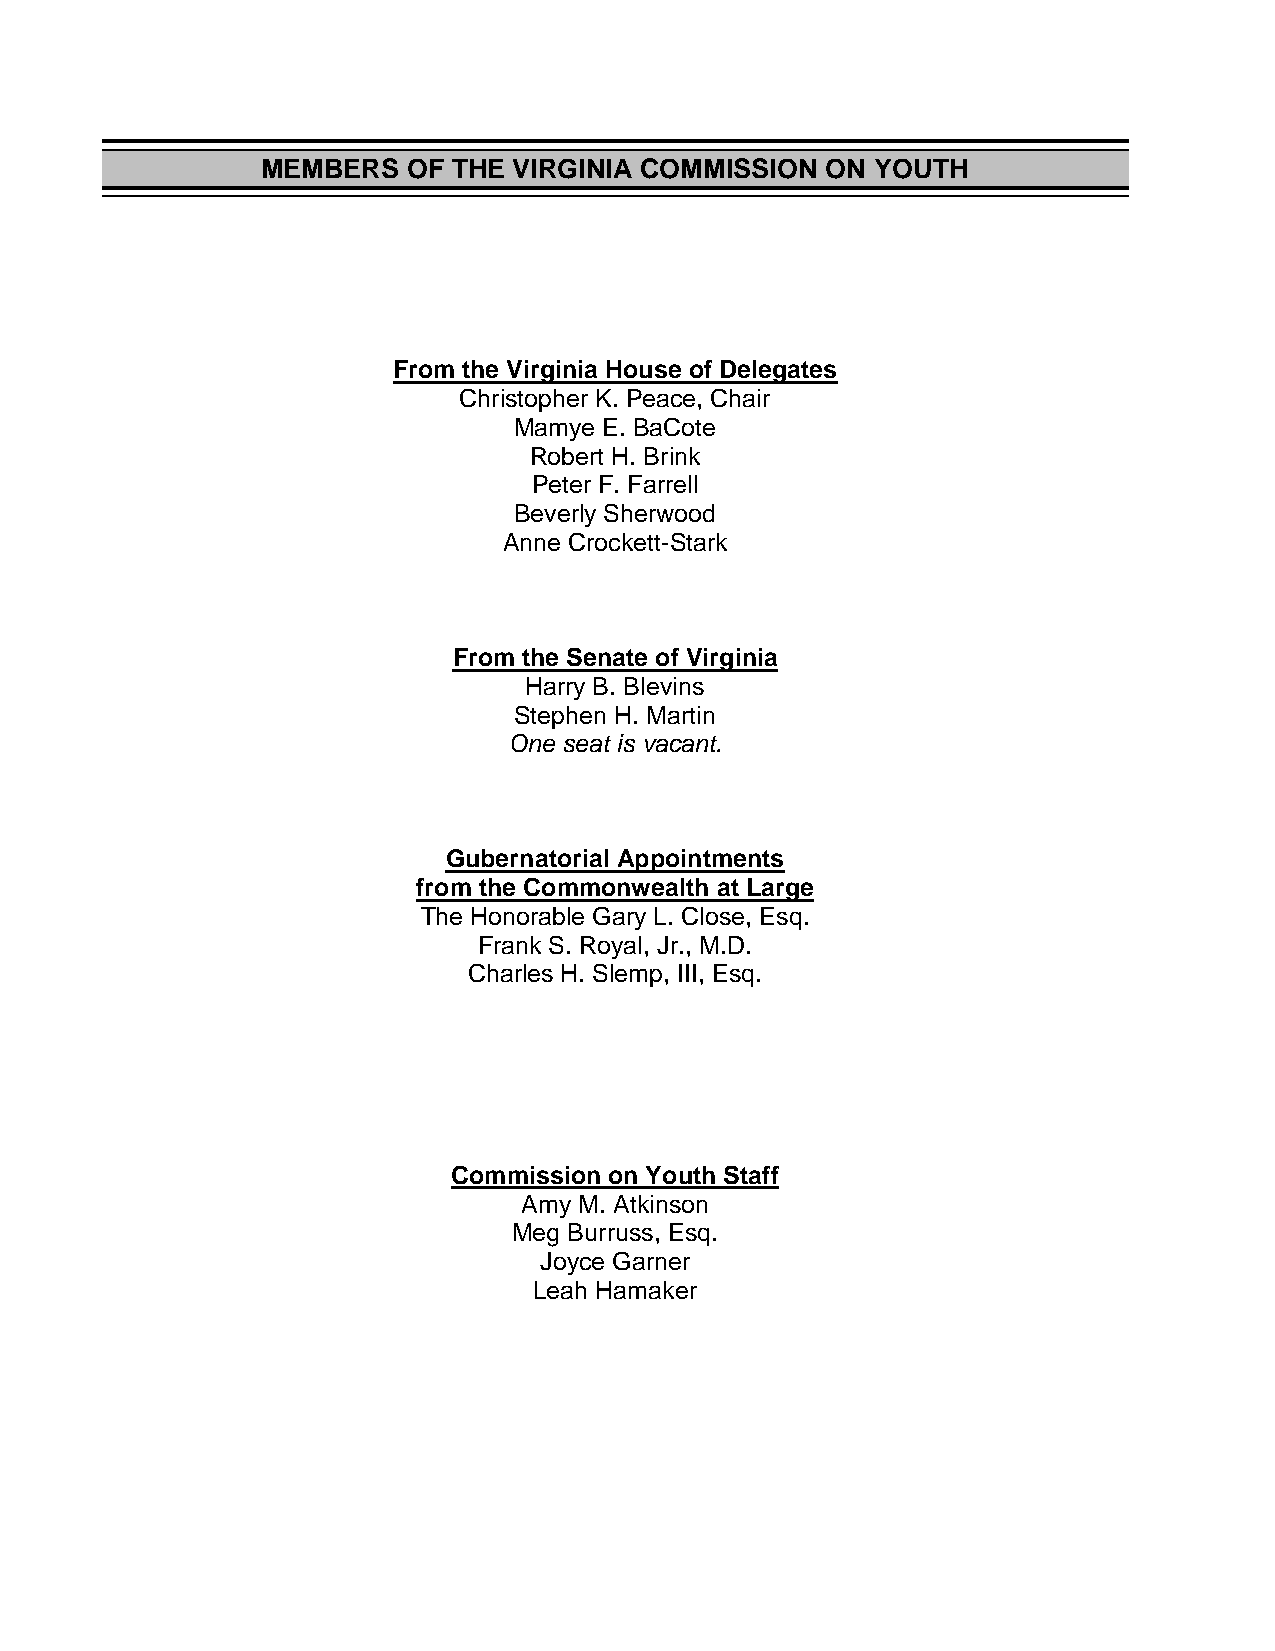
MEMBERS   OF THE VIRGINIA COMMISSION  ON YOUTH
 From the Virginia House of Delegates
 Christopher K. Peace, Chair
 Mamye E. BaCote
 Robert H. Brink
 Peter F. Farrell
 Beverly Sherwood
 Anne Crockett-Stark
 From the Senate of Virginia
 Harry B. Blevins
 Stephen H. Martin
 One seat is vacant.
 Gubernatorial Appointments
 from the Commonwealth at Large
 The Honorable Gary L. Close, Esq.
 Frank S. Royal, Jr., M.D.
 Charles H. Slemp, III, Esq.
 Commission on Youth Staff
 Amy M. Atkinson
 Meg Burruss, Esq.
 Joyce Garner
 Leah Hamaker